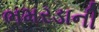
ભમરડાની